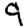
Digit: 9